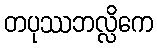
တပုဿဘလ္လိကေ